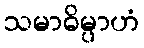
သမာဓိမ္ပာဟံ